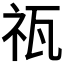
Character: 𥘳